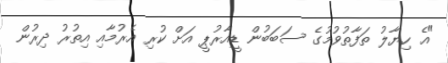
"އެ ހިޔާލު ތަފާތުވުމުގެ ސަބަބުން ޑީއާރުޕީ އަށް ކުރި އެރުމާއި އިތުރު ދިރުން